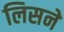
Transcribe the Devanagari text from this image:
लिसने